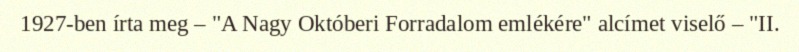
1927-ben írta meg – "A Nagy Októberi Forradalom emlékére" alcímet viselő – "II.